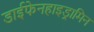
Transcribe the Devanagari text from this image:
डाईफेनहाइड्रामिन